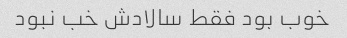
خوب بود فقط سالادش خب نبود